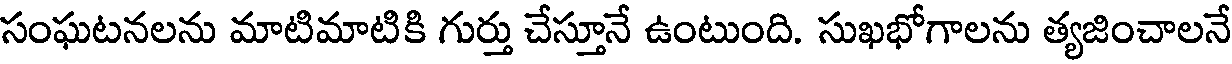
సంఘటనలను మాటిమాటికి గుర్తు చేస్తూనే ఉంటుంది. సుఖభోగాలను త్యజించాలనే